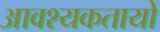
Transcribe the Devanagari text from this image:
आवश्यकतायों